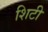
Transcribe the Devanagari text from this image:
शिटी